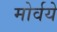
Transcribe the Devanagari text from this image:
मोर्वये